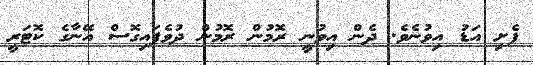
ފެށި އަޑު އިވުނެވެ. ދެން އިވުނީ ރޮމުން ރޮމުން ދުވެފައިގޮސް އޭނާގެ ކޮޓަރީ